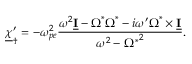
\underline { { \boldsymbol \chi } } _ { \dagger } ^ { \prime } = - \omega _ { p e } ^ { 2 } \frac { \omega ^ { 2 } \underline { { \mathbf I } } - \boldsymbol \Omega ^ { * } \boldsymbol \Omega ^ { * } - i \omega ^ { \prime } \boldsymbol \Omega ^ { * } \times \underline { { \mathbf I } } } { \omega ^ { 2 } - { \Omega ^ { * } } ^ { 2 } } .